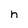
Character: n